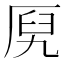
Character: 𰆞